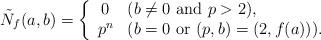
LaTeX: \begin{align*}\tilde{N}_f (a, b) = \left\{ \begin{array}{cl}0 & (b \not = 0 \ \mbox{and} \ p > 2), \\p^n & (b = 0 \ \mbox{or} \ (p, b) = (2, f (a))). \end{array}\right.\end{align*}